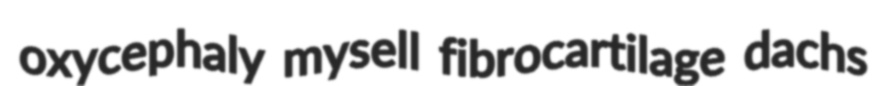
oxycephaly mysell fibrocartilage dachs